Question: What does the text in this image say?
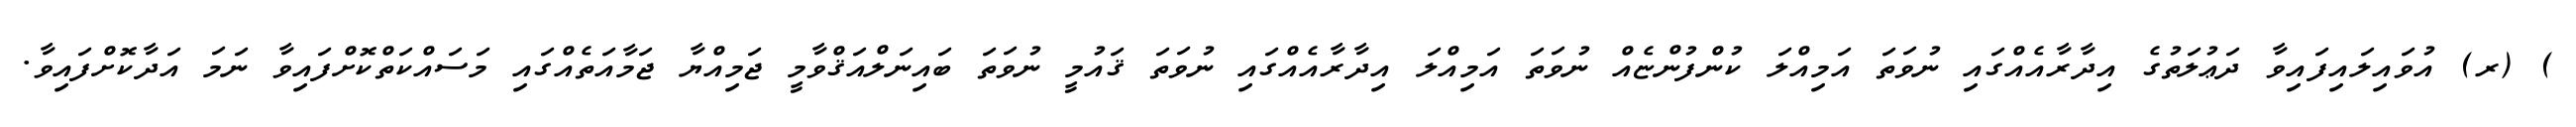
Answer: ) (ރ) އުވައިލައިފައިވާ ދަޢުލަތުގެ އިދާރާއެއްގައި ނުވަތަ އަމިއްލަ ކުންފުންޏެއް ނުވަތަ އަމިއްލަ އިދާރާއެއްގައި ނުވަތަ ޤައުމީ ނުވަތަ ބައިނަލްއަޤްވާމީ ޖަމިއްޔާ ޖަމާއަތެއްގައި މަސައްކަތްކޮށްފައިވާ ނަމަ އަދާކޮށްފައިވާ.